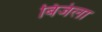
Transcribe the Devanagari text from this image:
बिजंला